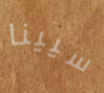
سيينا